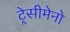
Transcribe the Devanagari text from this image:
ट्रेसीमेनो